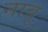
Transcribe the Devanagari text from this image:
नाबू